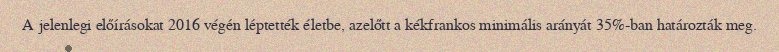
A jelenlegi előírásokat 2016 végén léptették életbe, azelőtt a kékfrankos minimális arányát 35%-ban határozták meg.